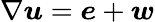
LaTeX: \nabla\boldsymbol{u}=\boldsymbol{e}+\boldsymbol{w}